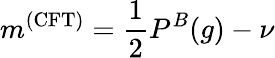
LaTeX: m^{(\textrm{CFT})}=\frac{1}{2}P^{B}(g)-\nu